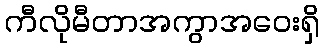
ကီလိုမီတာအကွာအဝေးရှိ